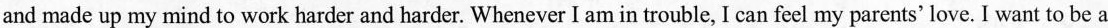
and made up my mind to work harder and harder. Whenever I am in trouble, I can feel my parents' love. I want to be a